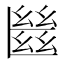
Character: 㡭